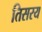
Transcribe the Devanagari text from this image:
तिसरय